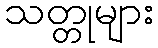
သတ္တုများ